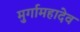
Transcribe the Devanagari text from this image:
मुर्गामहादेव